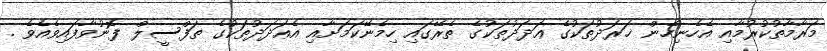
މަރާމާތުކުރުމާއި އެހެނިހެން ޚަރަދުތަކުގެ ޢަދަދުތަކުގެ ތެރޭގައި ހިމެނޭކަމަށާއި އެޢަދަދުތަކުގެ ތަފްސީލް ފޮނުވާފައިވެއެވެ .